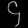
Digit: ၄